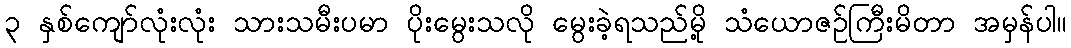
၃ နှစ်ကျော်လုံးလုံး သားသမီးပမာ ပိုးမွေးသလို မွေးခဲ့ရသည်မို့ သံယောဇဉ်ကြီးမိတာ အမှန်ပါ။